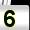
Digit: 5